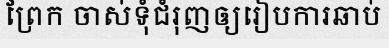
ព្រែក ចាស់ទុំជំរុញឲ្យរៀបការឆាប់